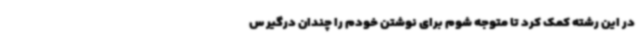
در این رشته کمک کرد تا متوجه شوم برای نوشتن خودم را چندان درگیر س